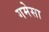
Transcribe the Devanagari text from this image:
गमेसा